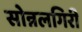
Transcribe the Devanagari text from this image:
सोन्नलगिरी